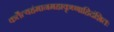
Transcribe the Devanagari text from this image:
कर्तेत्यहंमानमहाकृष्णाहिदंशितः